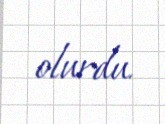
olurdu.